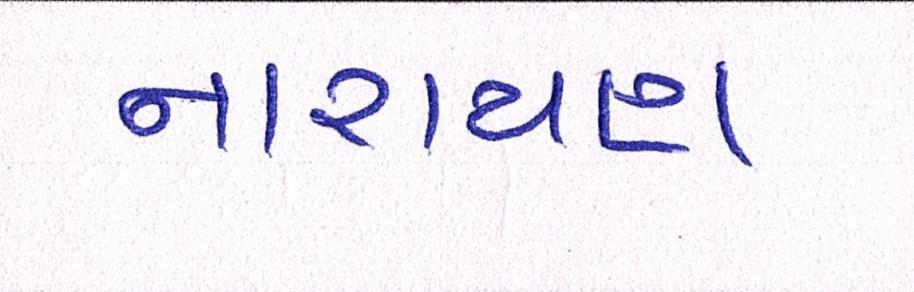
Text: નારાયણ